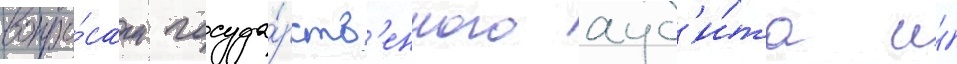
вопро́сам госуда́рств'енного ауд'и́та и́